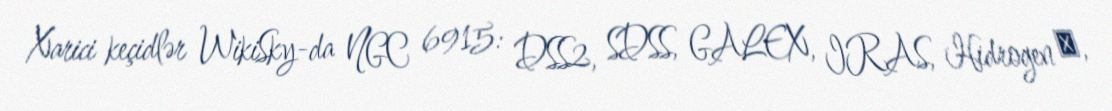
Xarici keçidlər WikiSky-da NGC 6915: DSS2, SDSS, GALEX, IRAS, Hidrogen α,